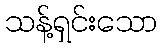
သန့်ရှင်းသော